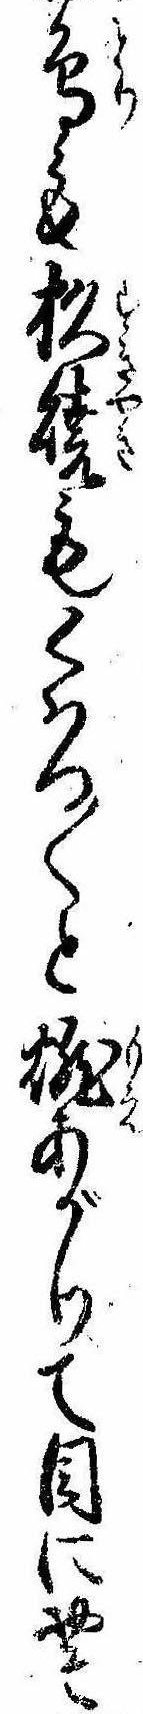
鳥も杉焼もくはつ〱と燃あがりて目におそ